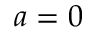
a = 0